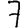
Digit: 7